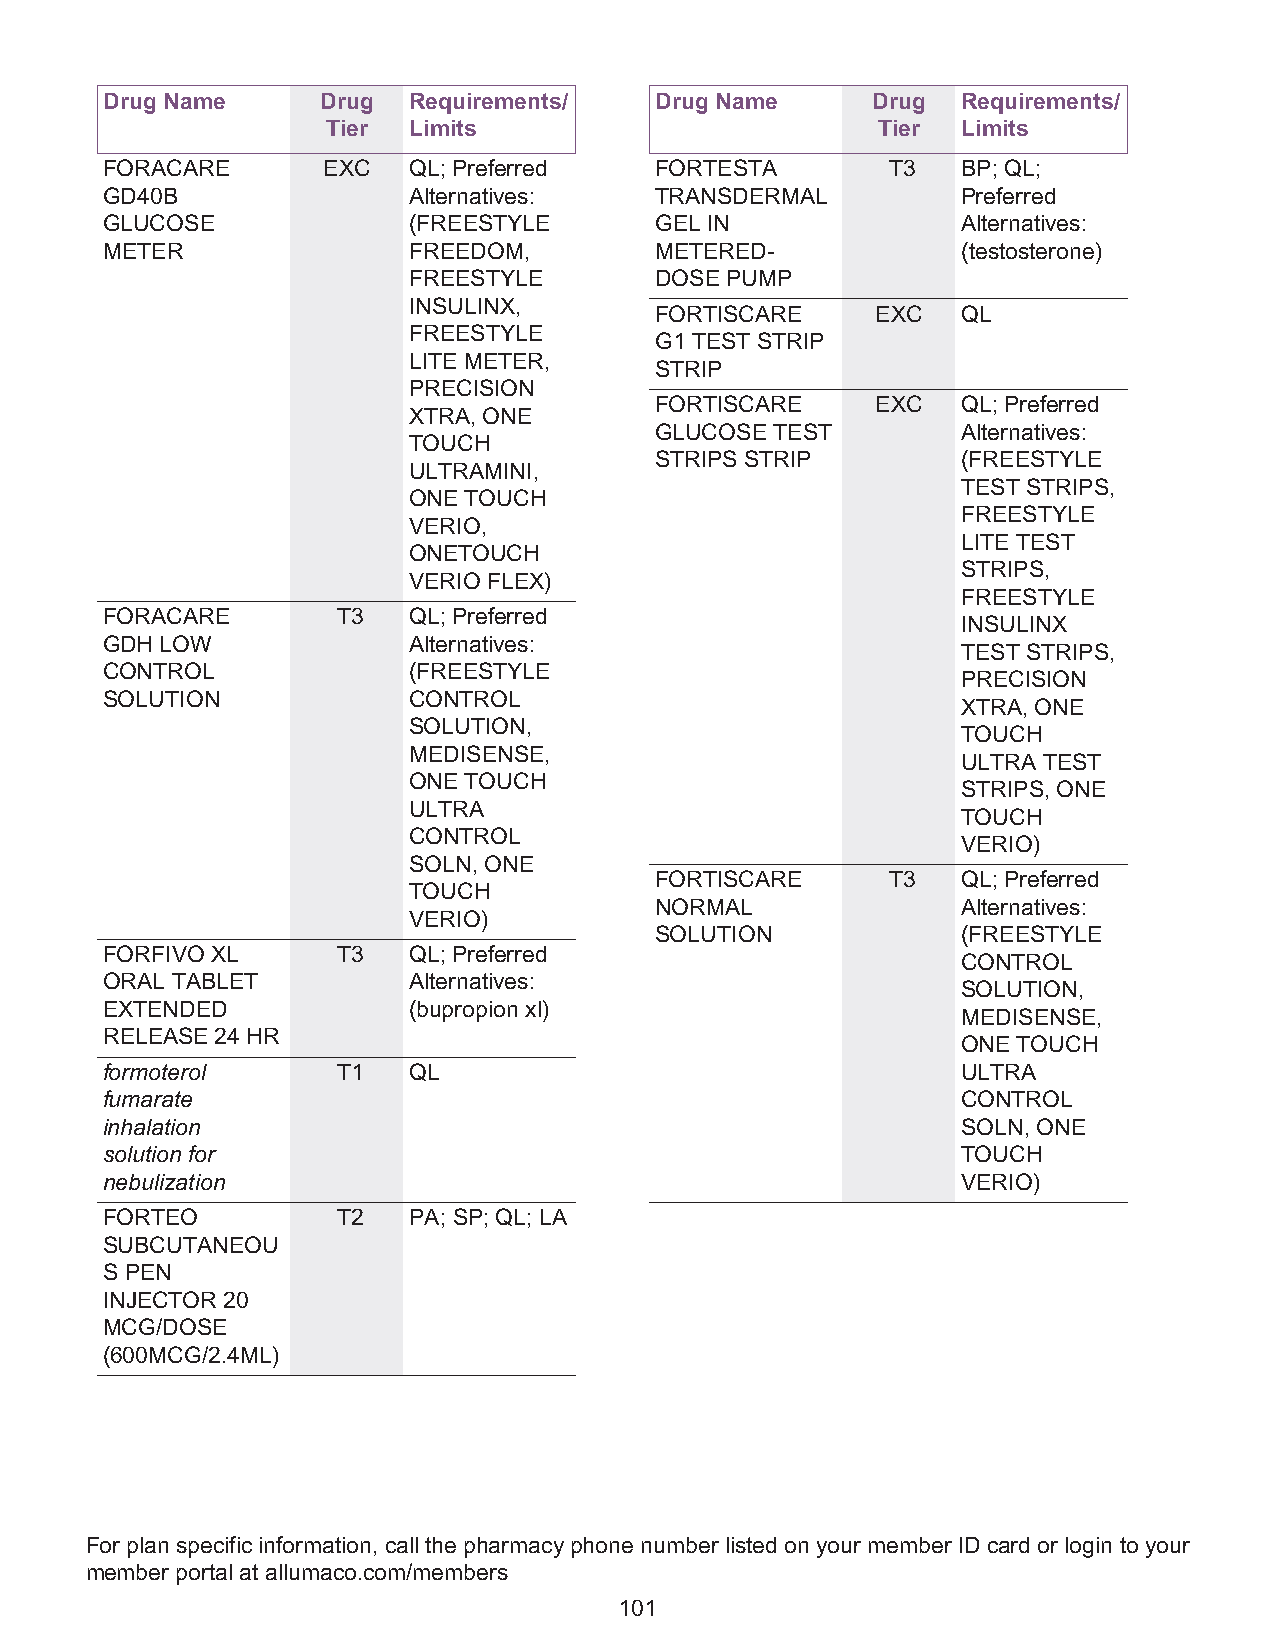
Drug Name     Drug  Requirements/   Drug Name      Drug  Requirements/
 Tier Limits                         Tier  Limits
 FORACARE      EXC   QL; Preferred   FORTESTA        T3   BP; QL;
 GD40B               Alternatives:   TRANSDERMAL          Preferred
 GLUCOSE             (FREESTYLE      GEL IN               Alternatives:
 METER               FREEDOM,        METERED-             (testosterone)
 FREESTYLE       DOSE PUMP
 INSULINX,
 FORTISCARE     EXC   QL
 FREESTYLE
 G1 TEST STRIP
 LITE METER,
 STRIP
 PRECISION
 FORTISCARE     EXC   QL; Preferred
 XTRA, ONE
 GLUCOSE TEST         Alternatives:
 TOUCH
 STRIPS STRIP         (FREESTYLE
 ULTRAMINI,
 TEST STRIPS,
 ONE TOUCH
 FREESTYLE
 VERIO,
 LITE TEST
 ONETOUCH
 STRIPS,
 VERIO FLEX)
 FREESTYLE
 FORACARE       T3   QL; Preferred
 INSULINX
 GDH LOW             Alternatives:
 TEST STRIPS,
 CONTROL             (FREESTYLE
 PRECISION
 SOLUTION            CONTROL
 XTRA, ONE
 SOLUTION,
 TOUCH
 MEDISENSE,
 ULTRA TEST
 ONE TOUCH
 STRIPS, ONE
 ULTRA
 TOUCH
 CONTROL
 VERIO)
 SOLN, ONE
 FORTISCARE      T3   QL; Preferred
 TOUCH
 NORMAL               Alternatives:
 VERIO)
 SOLUTION             (FREESTYLE
 FORFIVO XL     T3   QL; Preferred
 CONTROL
 ORAL TABLET         Alternatives:
 SOLUTION,
 EXTENDED            (bupropion xl)
 MEDISENSE,
 RELEASE 24 HR
 ONE TOUCH
 formoterol     T1   QL                                   ULTRA
 fumarate                                                 CONTROL
 inhalation                                               SOLN, ONE
 solution for                                             TOUCH
 nebulization                                             VERIO)
 FORTEO         T2   PA; SP; QL; LA
 SUBCUTANEOU
 S PEN
 INJECTOR 20
 MCG/DOSE
 (600MCG/2.4ML)
 For plan specific information, call the pharmacy phone number listed on your member ID card or login to your
 member portal at allumaco.com/members
 101